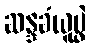
ဆန္ဒခံယူပွဲ